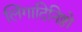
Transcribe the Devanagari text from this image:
लिंगादिनिष्ठो